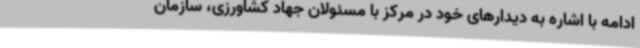
ادامه با اشاره به دیدارهای خود در مرکز با مسئولان جهاد کشاورزی، سازمان